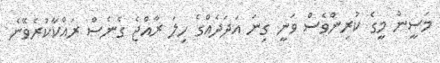
މަސީން މީގެ ކުރިންވެސް ވަނީ ގިނަ އަދަދެއްގެ ހިލަ ރާއްޖެ ގެނެސް ރައްކާކުރެވޭނެ